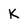
Character: K